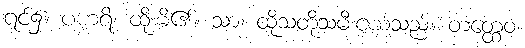
ရင်၌။ ပဟရိ၊ ထိုးမိ၏။ သာ၊ ထိုသတို့သမီးငယ်သည်။ တတ္ထေဝ၊